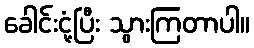
ခေါင်းငုံ့ပြီး သွားကြတာပါ။